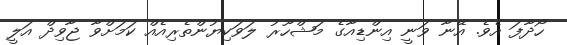
ހޯދާފަ އެވެ. އޭނާ ވަނީ އިންޑިއާގެ މަޝްހޫރު ލަވަކިޔުންތެރިއެއް ކަމަށްވާ ޖާވިދް އަލީ